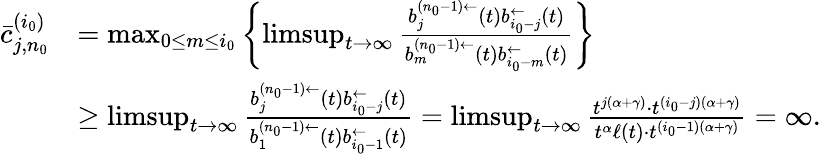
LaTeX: \begin{array}{rl}{\bar{c}_{j,n_{0}}^{(i_{0})}}&{=\operatorname*{max}_{0\le m\le i_{0}}\left\{ \operatorname*{limsup}_{t\to\infty}\frac{b_{j}^{(n_{0}-1)\leftarrow}(t)b_{i_{0}-j}^{\leftarrow}(t)}{b_{m}^{(n_{0}-1)\leftarrow}(t)b_{i_{0}-m}^{\leftarrow}(t)}\right\} }\\ &{\ge\operatorname*{limsup}_{t\to\infty}\frac{b_{j}^{(n_{0}-1)\leftarrow}(t)b_{i_{0}-j}^{\leftarrow}(t)}{b_{1}^{(n_{0}-1)\leftarrow}(t)b_{i_{0}-1}^{\leftarrow}(t)}=\operatorname*{limsup}_{t\to\infty}\frac{t^{j(\alpha+\gamma)}\cdot t^{(i_{0}-j)(\alpha+\gamma)}}{t^{\alpha}\ell(t)\cdot t^{(i_{0}-1)(\alpha+\gamma)}}=\infty.}\end{array}